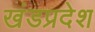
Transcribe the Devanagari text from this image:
खंडप्रदेश